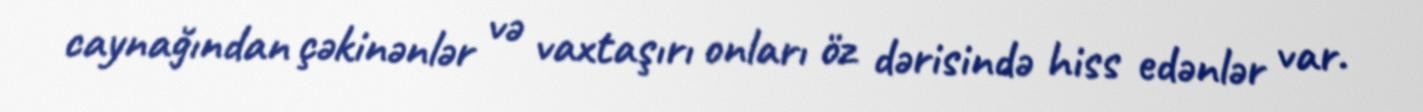
caynağından çəkinənlər və vaxtaşırı onları öz dərisində hiss edənlər var.